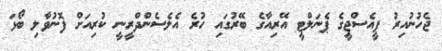
ޖެހުނުއިރު ޕީއެސްޖީގެ ޕެނަލްޓީ އޭރިއާގެ ބޭރުގައި ހުރެ އެލެސެންދްރީނީ ކުރިއަށް ފޮނުވާލި ބޯޅަ